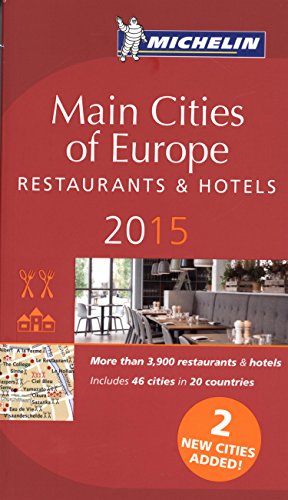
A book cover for MICHELIN Guide Main Cities of Europe 2015: Restaurants & Hotels (Michelin Guides); Michelin; Travel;